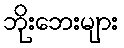
ဘိုးဘေးများ